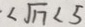
\angle \sqrt { 1 7 } < 5